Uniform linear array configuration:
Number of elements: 32
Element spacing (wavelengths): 0.75
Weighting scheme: cosine
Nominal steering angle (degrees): -60
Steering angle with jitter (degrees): -61.407
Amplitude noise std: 0.05
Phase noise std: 0.05

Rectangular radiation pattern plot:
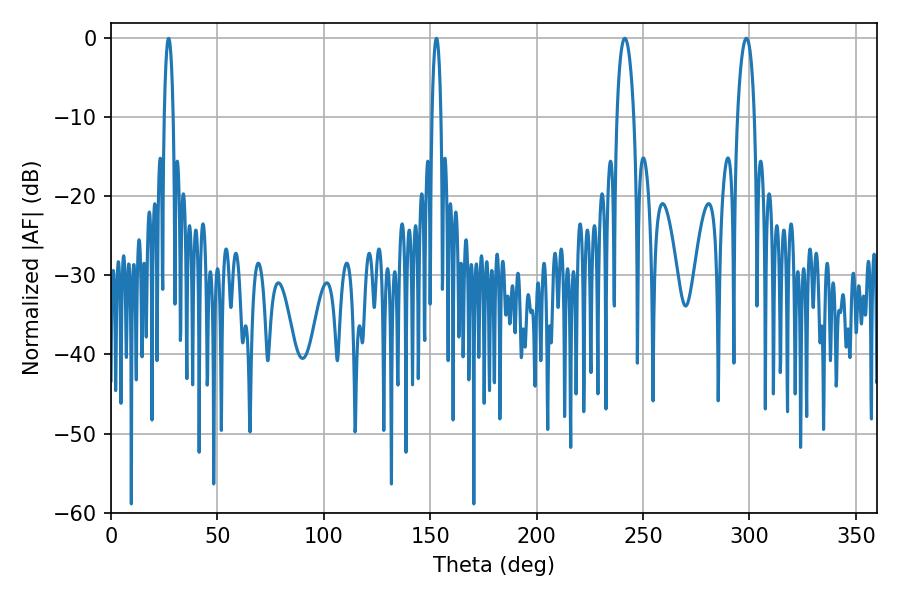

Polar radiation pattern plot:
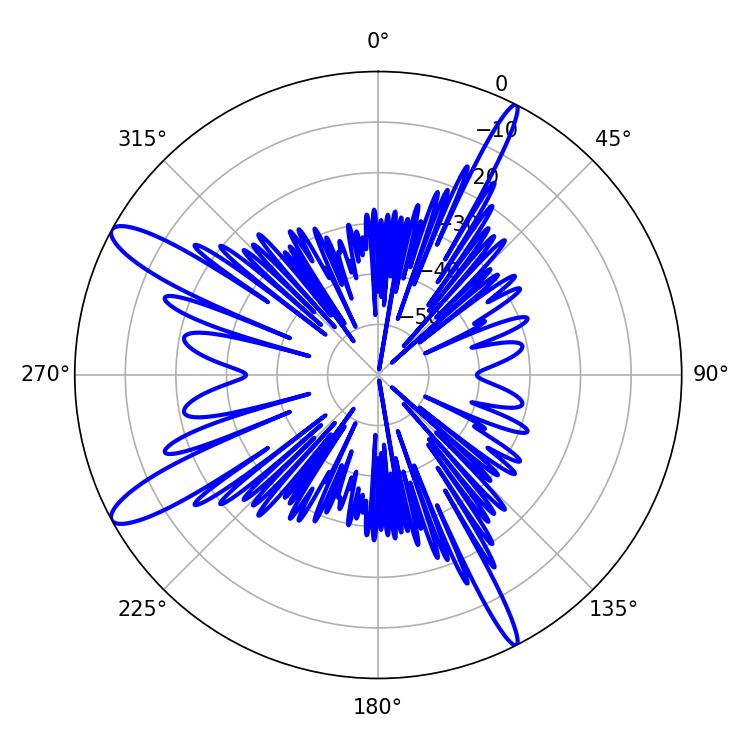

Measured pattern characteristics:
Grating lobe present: TRUE
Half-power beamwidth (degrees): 4.5
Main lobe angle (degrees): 298.62